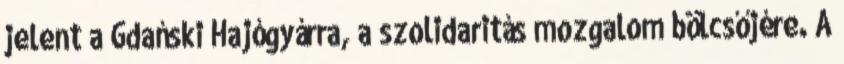
jelent a Gdański Hajógyárra, a szolidaritás mozgalom bölcsőjére. A